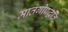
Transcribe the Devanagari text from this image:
मातंगीपद्धति